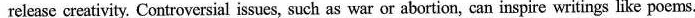
release creativity. Controversial issues, such as war or abortion, can inspire writings like poems.